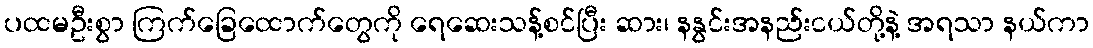
ပထမဦးစွာ ကြက်ခြေထောက်တွေကို ရေဆေးသန့်စင်ပြီး ဆား၊ နနွင်းအနည်းငယ်တို့နဲ့ အရသာ နယ်ကာ